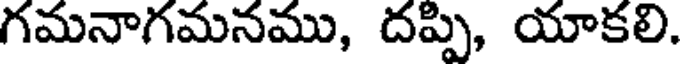
గమనాగమనము, దప్పి, యాకలి.